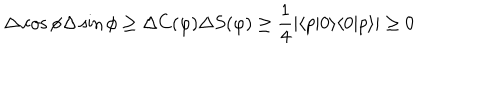
LaTeX: \Delta \cos \phi \Delta \sin \phi \geq \Delta C ( \varphi ) \Delta S ( \varphi ) \geq \frac { 1 } { 4 } | \langle p | 0 \rangle \langle 0 | p \rangle | \geq 0